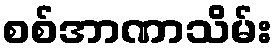
စစ်အာဏာသိမ်း